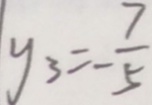
y _ { 3 } = - \frac { 7 } { 5 }